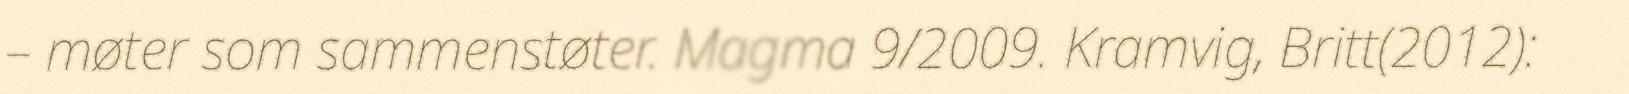
– møter som sammenstøter. Magma 9/2009. Kramvig, Britt(2012):